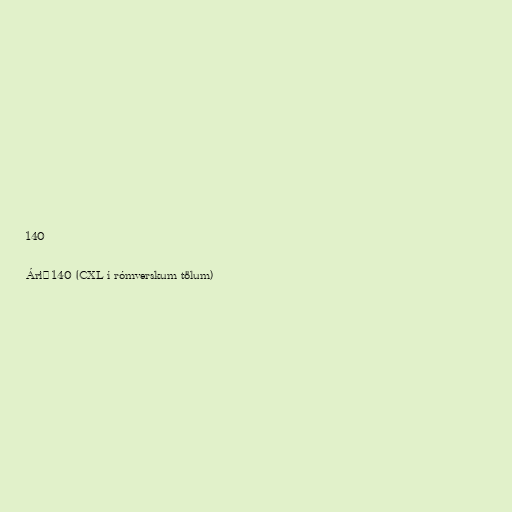
140

Árið 140 (CXL í rómverskum tölum)